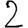
Digit: 2